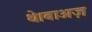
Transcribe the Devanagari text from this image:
थे।बाअज़